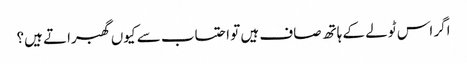
اگر اس ٹولے کے ہاتھ صاف ہیں تو احتساب سے کیوں گھبراتے ہیں؟